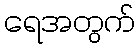
ရေအတွက်